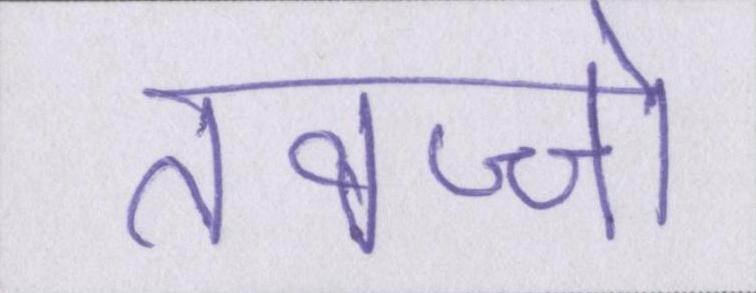
तवज्जो